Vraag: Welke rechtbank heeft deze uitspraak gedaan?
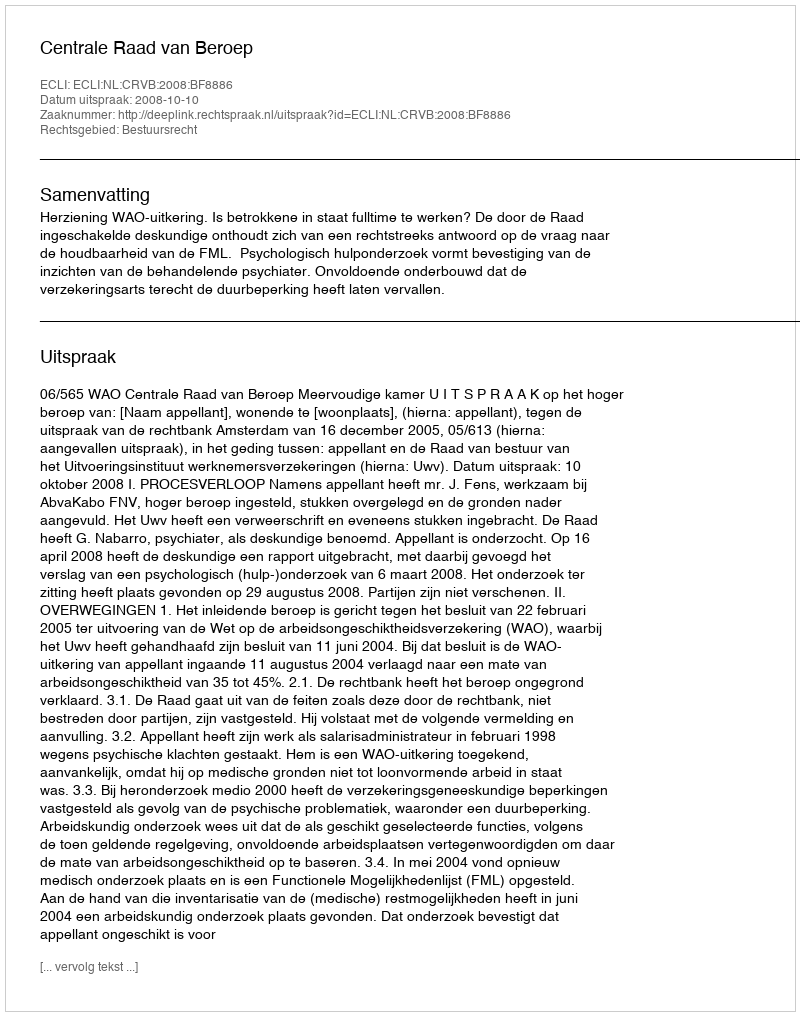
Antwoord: Centrale Raad van Beroep